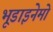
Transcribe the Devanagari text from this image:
भूडाइनेमो